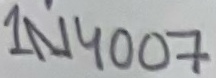
Text: 1N4007